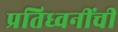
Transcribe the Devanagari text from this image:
प्रतिध्वनींची